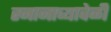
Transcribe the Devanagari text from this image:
स्नानाच्यावेळी